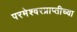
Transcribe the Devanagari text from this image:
परमेश्वरप्राप्तीच्या